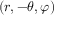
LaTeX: ( r , - \theta , \varphi )